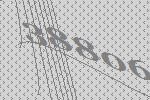
38806